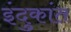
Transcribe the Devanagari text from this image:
इंदुकांत